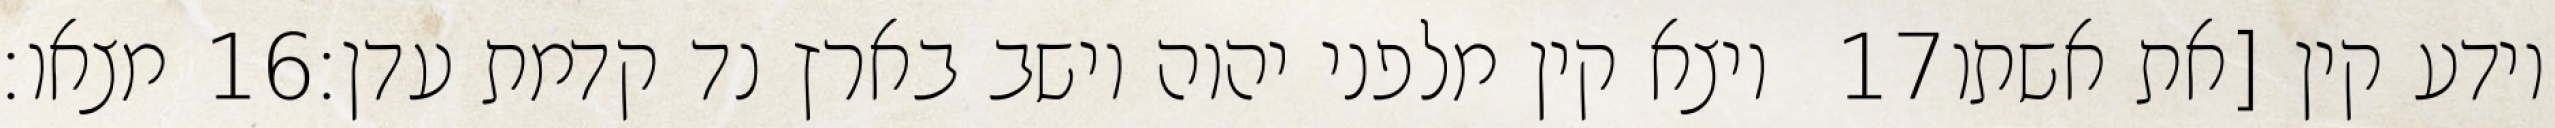
מצאו׃ ‎16‏ ויצא קין מלפני יהוה וישב בארץ נד קדמת עדן׃ ‎17‏ וידע קין [את אשתו